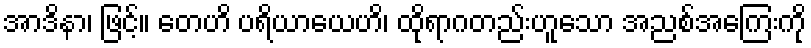
အာဒိနာ၊ ဖြင့်။ တေဟိ ပရိယာယေဟိ၊ ထိုရာဂတည်းဟူသော အညစ်အကြေးကို